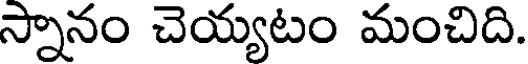
స్నానం చెయ్యటం మంచిది.